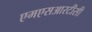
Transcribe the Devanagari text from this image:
एमएसआरटीसी